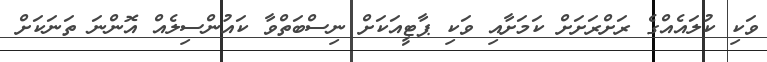
ވަކި ކުލައެއްގެ ރަށްރަށަށް ކަމަށާއި ވަކި ޕާޓީއަކަށް ނިސްބަތްވާ ކައުންސިލެއް އޮންނަ ތަނަކަށް